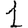
Digit: 1